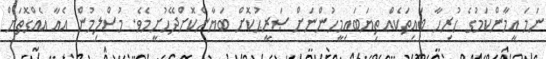
ނަމަ އީމާންކަމުގެ ހުރިހާ ބައިތަކެއް ތިޔަބައިމީހުންނަށް ޞަރީޙުކޮށް ބަޔާންކޮށްދޭހުށީމެވެ. މުސްލިމުން އެއާ އެއްގޮތަށް